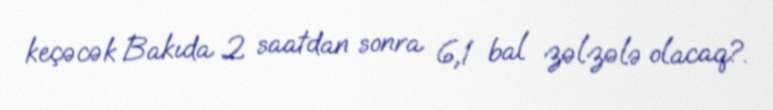
keçəcək Bakıda 2 saatdan sonra 6,1 bal zəlzələ olacaq?.